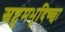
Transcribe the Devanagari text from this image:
स्रष्टुमभूदिच्छा